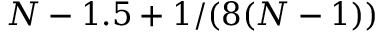
N - 1 . 5 + 1 / ( 8 ( N - 1 ) )